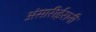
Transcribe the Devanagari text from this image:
अंसारीईरानी